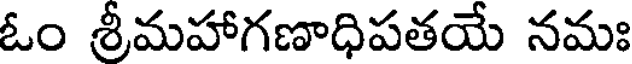
ఓం శ్రీమహాగణాధిపతయే నమః